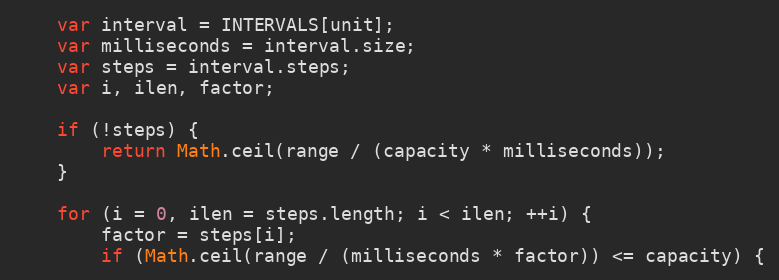
Language: JavaScript
	var interval = INTERVALS[unit];
	var milliseconds = interval.size;
	var steps = interval.steps;
	var i, ilen, factor;

	if (!steps) {
		return Math.ceil(range / (capacity * milliseconds));
	}

	for (i = 0, ilen = steps.length; i < ilen; ++i) {
		factor = steps[i];
		if (Math.ceil(range / (milliseconds * factor)) <= capacity) {